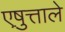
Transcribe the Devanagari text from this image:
एष़ुत्ताले